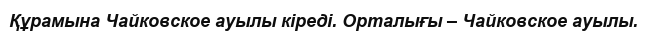
Құрамына Чайковское ауылы кіреді. Орталығы – Чайковское ауылы.